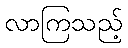
လာကြသည့်